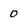
Character: 0